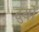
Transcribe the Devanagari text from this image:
दुर्यो